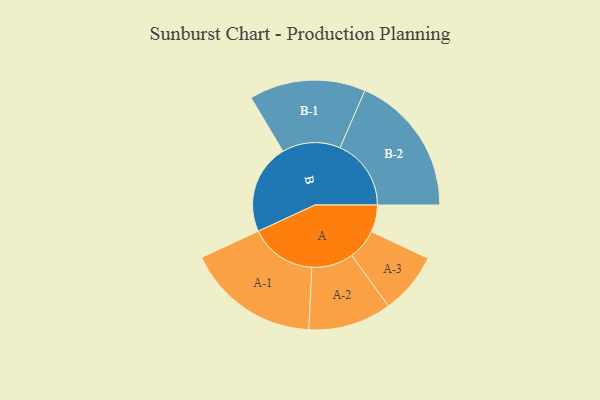
{"axis": {"x": "Segment", "y": "Value"}, "legend": ["", "A", "B"], "data": [{"x": "A", "y": 111, "type": ""}, {"x": "B", "y": 369, "type": ""}, {"x": "A-1", "y": 274, "type": "A"}, {"x": "A-2", "y": 171, "type": "A"}, {"x": "A-3", "y": 126, "type": "A"}, {"x": "B-1", "y": 239, "type": "B"}, {"x": "B-2", "y": 292, "type": "B"}]}